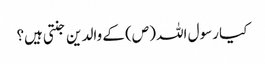
کیا رسول اللہ (ص) کے والدین جنتی ہیں؟